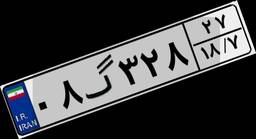
۰۸گ۳۲۸۲۷